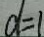
d = 1